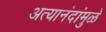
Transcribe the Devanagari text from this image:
अत्यानंदांमुळे